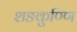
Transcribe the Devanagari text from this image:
शङकुण्णि